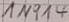
Text: 1N314